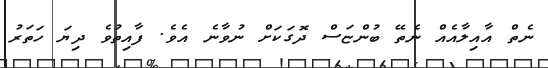
ނެތް އާއިލާއެއް ނެތޭ ބުންޏަސް ދޮގަކަށް ނުވާނެ އެވެ. ފާއިތުވެ ދިޔަ ހަތަރު